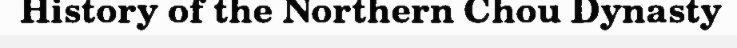
History of the Northern Chou Dynasty